Lunatic asylums Madras 1877-1891 - 1877-1891
Year: 1877
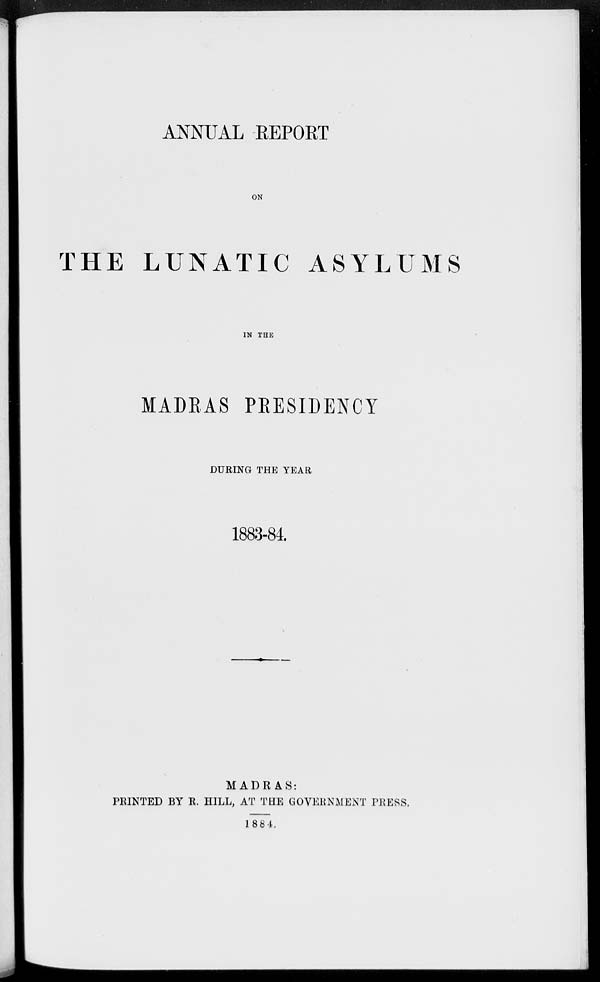
ANNUAL REPORT
ON
THE LUNATIC ASYLUMS
IN THE
MADRAS PRESIDENCY
DURING THE YEAR
1883-84.
MADRAS:
PRINTED BY R. HILL, AT THE GOVERNMENT PRESS.
1884.